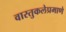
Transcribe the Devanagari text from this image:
वास्तुकलेप्रमाणे